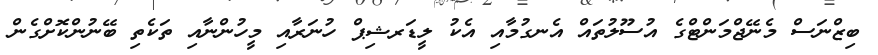
ބިޒްނަސް މެނޭޖްމަންޓްގެ އުސޫލުތައް އެނގުމާއި އެކު ލީޑަރޝިޕް ހުނަރާއި މީހުންނާއި ތަކެތި ބޭނުންކޮށްގެން